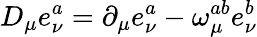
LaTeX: D_{\mu}e_{\nu}^{a}=\partial_{\mu}e_{\nu}^{a}-\omega_{\mu}^{ab}e_{\nu}^{b}